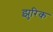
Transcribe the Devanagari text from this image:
झुरिक